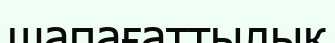
шапағаттылық